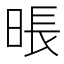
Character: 𰖎